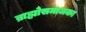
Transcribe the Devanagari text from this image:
ब्राह्मोसमाजका